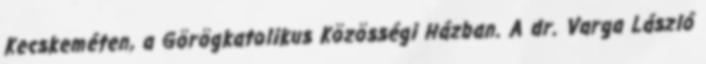
Kecskeméten, a Görögkatolikus Közösségi Házban. A dr. Varga László